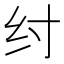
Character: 纣